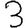
Digit: 3